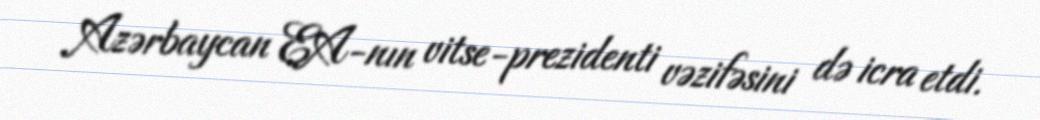
Azərbaycan EA-nın vitse-prezidenti vəzifəsini də icra etdi.